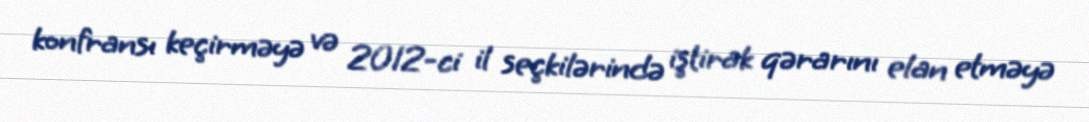
konfransı keçirməyə və 2012-ci il seçkilərində iştirak qərarını elan etməyə